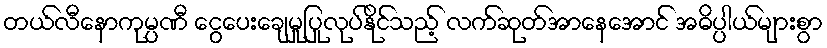
တယ်လီနောကုမ္ပဏီ ငွေပေးချေမှုပြုလုပ်နိုင်သည့် လက်ဆုတ်အာနေအောင် အဓိပ္ပါယ်များစွာ